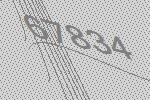
67834